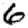
Digit: 6